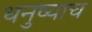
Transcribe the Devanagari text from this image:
धनुष्याच